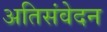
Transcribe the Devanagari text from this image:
अतिसंवेदन